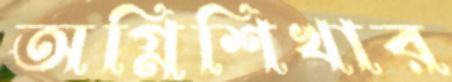
অগ্নিশিখার